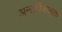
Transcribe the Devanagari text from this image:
अन्तर्विफलता